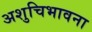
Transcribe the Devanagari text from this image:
अशुचिभावना